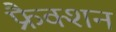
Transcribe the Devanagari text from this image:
फ्रैक्शन